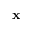
\mathbf { x }